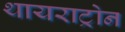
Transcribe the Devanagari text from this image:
थायराट्रोन